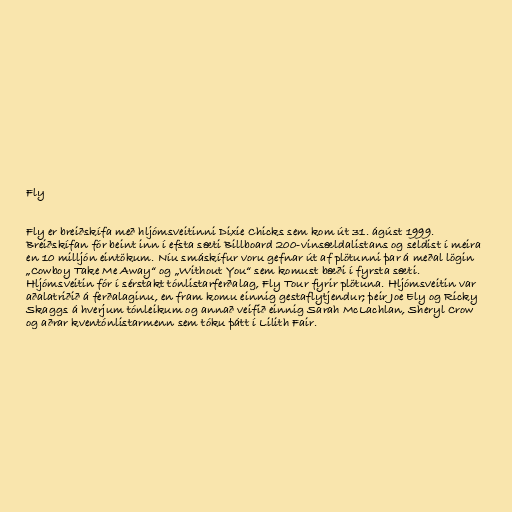
Fly

Fly er breiðskífa með hljómsveitinni Dixie Chicks sem kom út 31. ágúst 1999.
Breiðskífan fór beint inn í efsta sæti Billboard 200-vinsældalistans og seldist í meira
en 10 milljón eintökum. Níu smáskífur voru gefnar út af plötunni þar á meðal lögin
„Cowboy Take Me Away“ og „Without You“ sem komust bæði í fyrsta sæti.
Hljómsveitin fór í sérstakt tónlistarferðalag, Fly Tour fyrir plötuna. Hljómsveitin var
aðalatriðið á ferðalaginu, en fram komu einnig gestaflytjendur; þeir Joe Ely og Ricky
Skaggs á hverjum tónleikum og annað veifið einnig Sarah McLachlan, Sheryl Crow
og aðrar kventónlistarmenn sem tóku þátt í Lilith Fair.